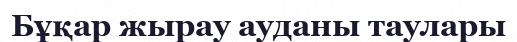
Бұқар жырау ауданы таулары